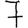
Digit: 7